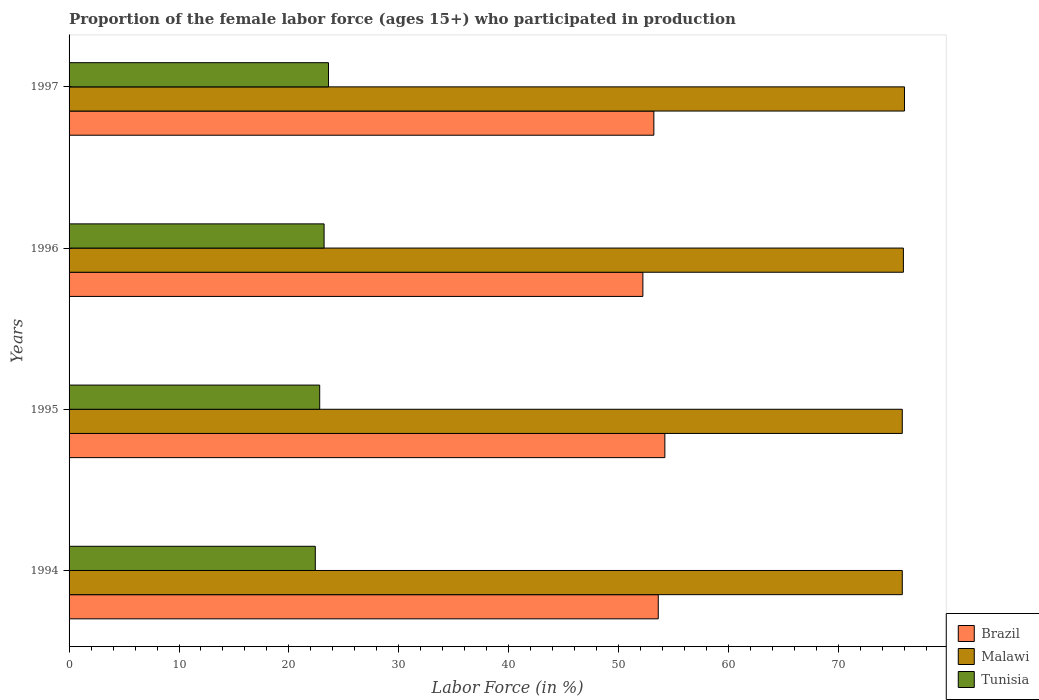
| Years | Brazil | Malawi | Tunisia |
 | --- | --- | --- | --- |
 | 1994 | 53.6 | 75.8 | 22.4 |
 | 1995 | 54.2 | 75.8 | 22.8 |
 | 1996 | 52.2 | 75.9 | 23.2 |
 | 1997 | 53.2 | 76 | 23.6 |